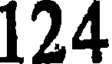
124